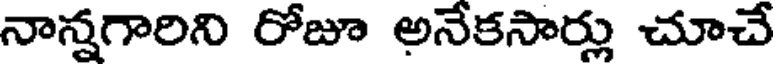
నాన్నగారిని రోజూ అనేకసార్లు చూచే